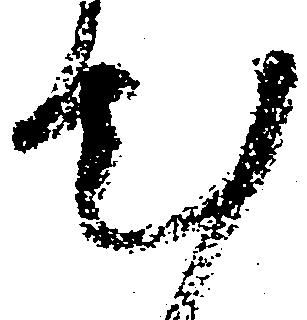
出